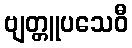
ဗျတ္တူပသေဝီ